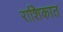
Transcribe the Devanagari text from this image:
राशिकात